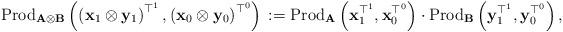
LaTeX: \begin{align*}\mbox{Prod}_{\mathbf{A}\otimes\mathbf{B}}\left(\left(\mathbf{x}_{1}\otimes\mathbf{y}_{1}\right)^{\top^{1}},\left(\mathbf{x}_{0}\otimes\mathbf{y}_{0}\right)^{\top^{0}}\right)\,:=\mbox{Prod}_{\mathbf{A}}\left(\mathbf{x}_{1}^{\top^{1}},\mathbf{x}_{0}^{\top^{0}}\right)\cdot\mbox{Prod}_{\mathbf{B}}\left(\mathbf{y}_{1}^{\top^{1}},\mathbf{y}_{0}^{\top^{0}}\right),\end{align*}